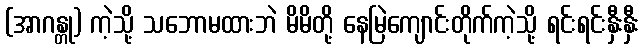
(အာဂန္တု) ကဲ့သို့ သဘောမထားဘဲ မိမိတို့ နေမြဲကျောင်းတိုက်ကဲ့သို့ ရင်းရင်းနှီးနှီး